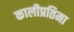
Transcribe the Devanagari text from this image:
कालीप्रतिमा